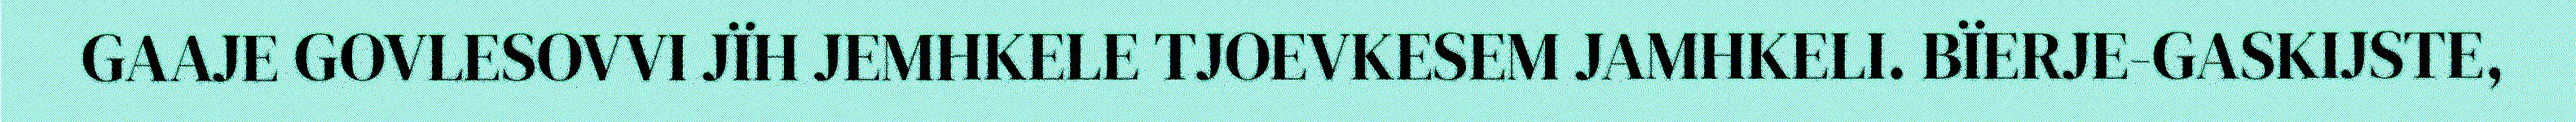
GAAJE GOVLESOVVI JÏH JEMHKELE TJOEVKESEM JAMHKELI. BÏERJE-GASKIJSTE,